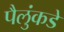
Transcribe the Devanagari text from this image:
पैलुंकडे